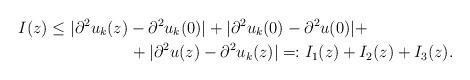
LaTeX: \begin{align*}I(z) &\leq |\partial^2 u_{k}(z) - \partial^2 u_{k}(0)| + |\partial^2 u_{k}(0) - \partial^2 u(0)| + \\&\qquad\qquad\quad+|\partial^2 u(z) - \partial^2 u_{k}(z)| =: I_{1}(z)+I_{2}(z)+I_{3}(z).\end{align*}